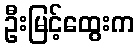
ဦးမြင့်ထွေးက